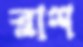
ব্লাশ